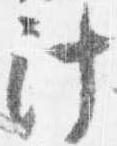
計